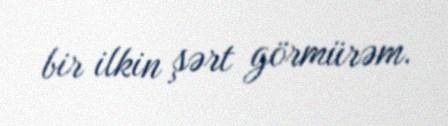
bir ilkin şərt görmürəm.